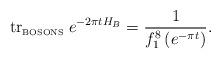
LaTeX: \begin{align*}\mbox{tr}_{\mbox{\tiny BOSONS}}\; e^{-2\pi t H_B} = \frac{1}{f_1 ^8\left( e^{-\pi t}\right)}.\end{align*}